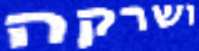
ושרקה